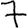
Digit: 7